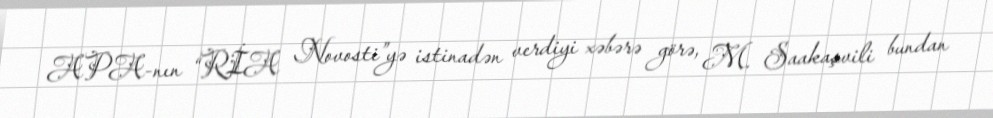
APA-nın “RİA Novosti”yə istinadən verdiyi xəbərə görə, M. Saakaşvili bundan